Vabadussoja_Ajaloo_Komitee, lk 74
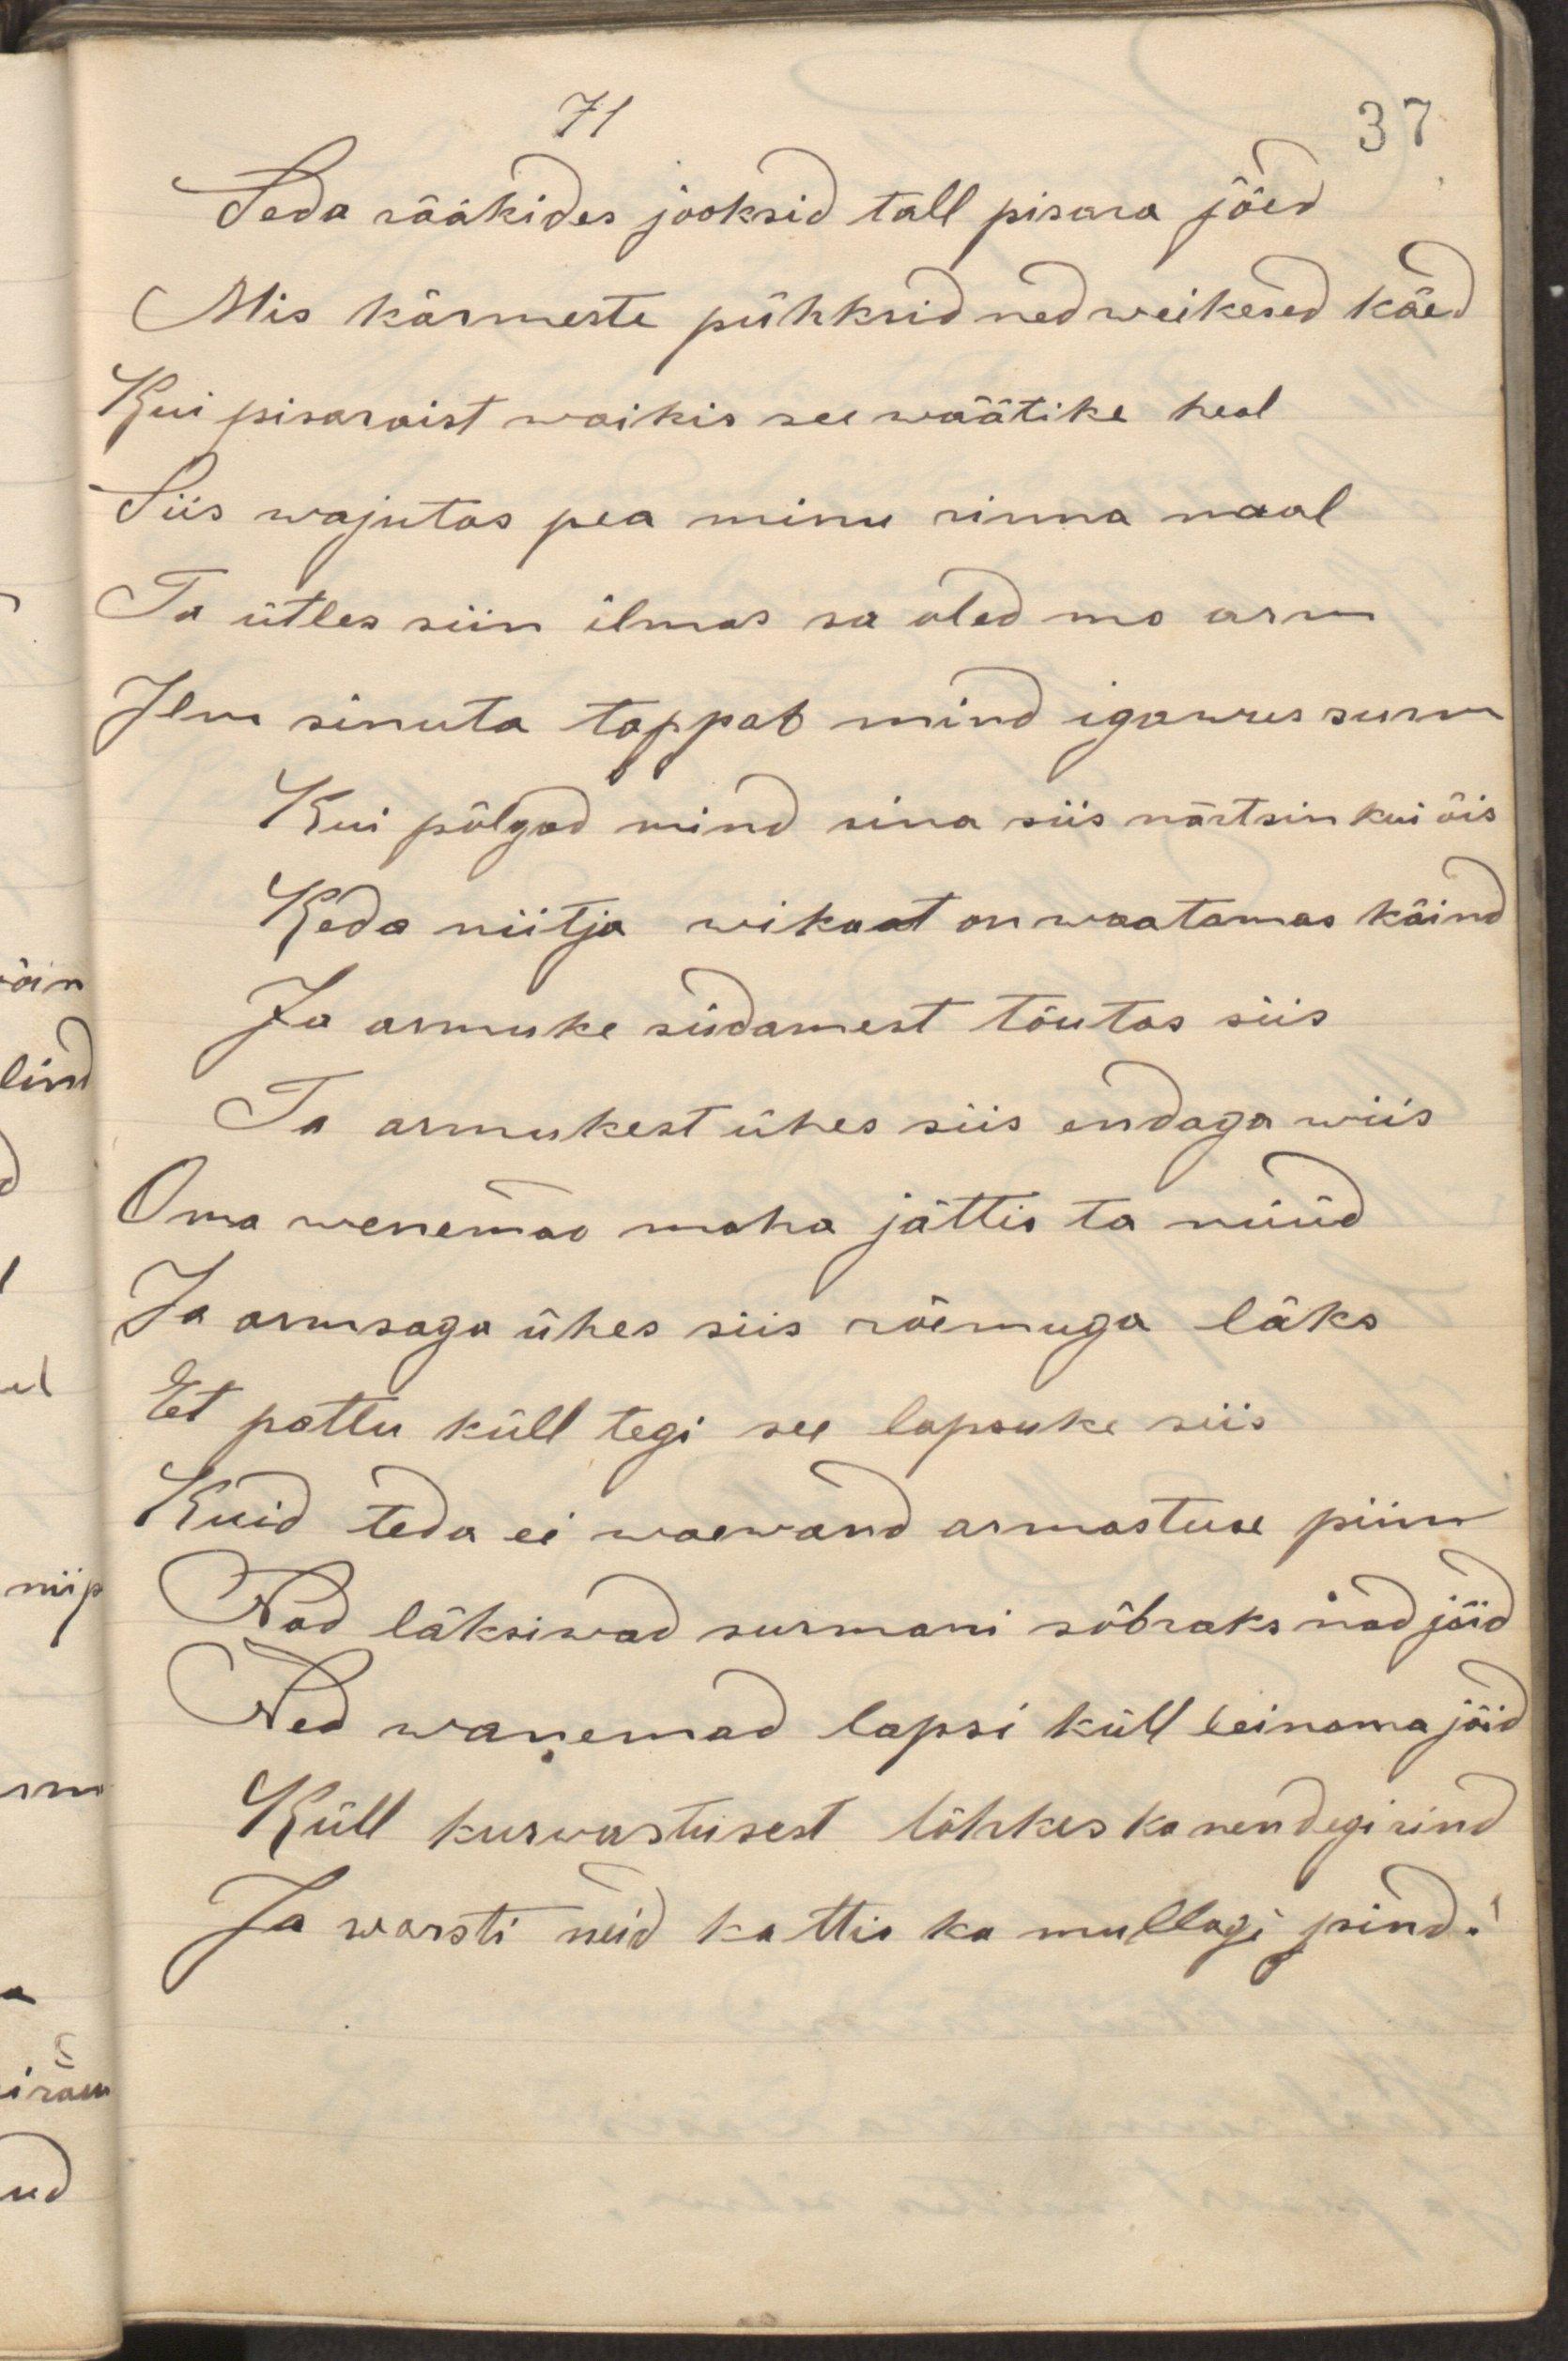
Seda rääkides jooksid tall pisara jõed
Mis kärmeste pühksid ned waikesed käed
Kui pisaraist waikis see wäätike heal
Siis wajutas pea minu rinna maal
Ta ütles siin ilmas sa oled mo arm
Ilma sinuta tappab mind igawus surm
Kui põlgad mind sina siis närtsin kui õis
Keda niitja wikat on waatamas käind
Ja armuke südamest tõutas siis
Ta armukest ühes siis endaga wiis
Oma wanemad maha jättis ta nüüd
Ja armsaga ühes siis rõõmuga läks
Et pattu küll tegi see lapsuke siis
Kuid teda ei waewand armastuse piim
Nad läksiwad surmani sõbraks nad jäid
Ned wanemad lapsi küll leinama jäid
Küll kurwastusest lähkes ka nendegi rind
Ja warsti neid kattis ka mullagi pind.